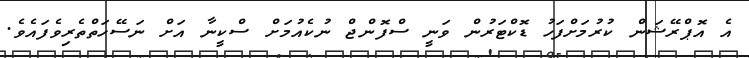
އެ އޮޕްރޭޝަން ކުރުމަށްފަހު ޑޮކްޓަރުން ވަނީ ސްފޮންޖް ނުކެއުމަށް ސްކީނާ އަށް ނަސޭހަތްތެރިވެފައެވެ.